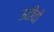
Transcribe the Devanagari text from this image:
ऊतीची